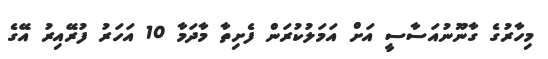
މިހާރުގެ ގާނޫނުއަސާސީ އަށް އަމަލުކުރަން ފެށިތާ މާދަމާ 10 އަހަރު ފުރޭއިރު އޭގެ